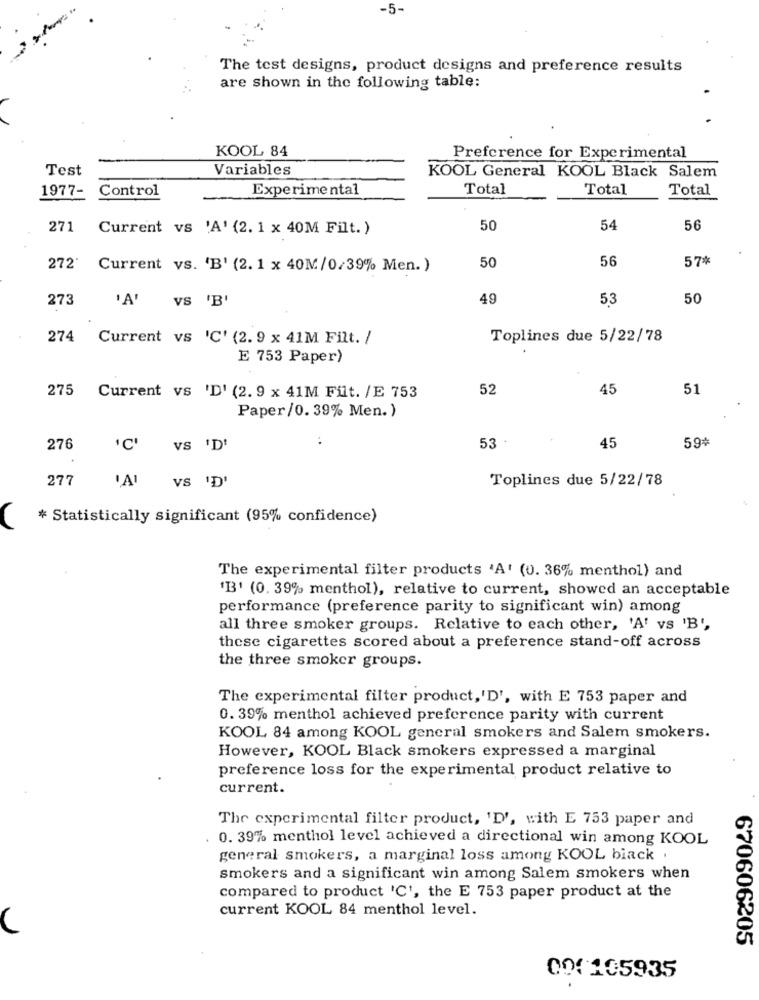
-5-
The test designs, product designs and preference results
are shown in the following table:
KOOL 84
Preference for Experimental
Test
Variables
KOOL General KOOL Black Salem
1977-
Control
Experimental
Total
Total
Total
271
Current vs 'A' (2. 1 x 40M Filt. )
50
54
56
50
56
57*
272'
Current vs. 'B' (2.1 x 40M/0/39% Men.)
273
'A' VS 'B'
49
53
50
274
Current vs 'C' (2.9 x 41M Filt. /
Toplines due 5/22/78
E 753 Paper)
275
52
45
51
Current vs 'D' (2.9 x 41M Filt. / E 753
Paper/0. 39% Men. )
53
59+
276
VS 'D'
45
277
Toplines due 5/22/78
VS 'D'
* Statistically significant (95% confidence)
The experimental filter products 'A' (0. 36% menthol) and
'B' (0. 39% menthol), relative to current, showed an acceptable
performance (preference parity to significant win) among
all three smoker groups. Relative to each other, 'A' vs 'B',
these cigarettes scored about a preference stand-off across
the three smoker groups.
The experimental filter product,'D', with E 753 paper and
0. 39% menthol achieved preference parity with current
KOOL 84 among KOOL general smokers and Salem smokers.
However, KOOL Black smokers expressed a marginal
preference loss for the experimental product relative to
current.
The experimental filter product, 'D', with E 753 paper and
0. 39% menthol level achieved a directional win among KOOL
general smokers, a marginal loss among KOOL biack .
smokers and a significant win among Salem smokers when
compared to product 'C', the E 753 paper product at the
current KOOL 84 menthol level.
670606205
000105935